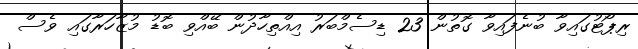
ރިޕޯޓުގައިވާ ބުނެފައިވާ ގޮތުން 23 ޑިސެމްބަރު އިއްތިހާދުން ބޭއްވި ބޮޑު މުޒާހަރާގައި ވެސް